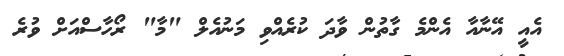
އެއީ އޭނާއާ އެންމެ ގާތުން ވާދަ ކުރެއްވި މަނުއެލް "މާ" ރޯހާސްއަށް ވުރެ